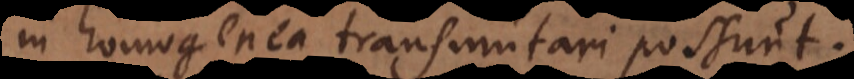
in homogenea transmutari possunt.